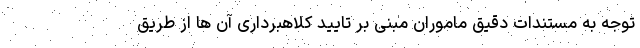
توجه به مستندات دقیق ماموران مبنی بر تایید کلاهبرداری آن ها از طریق